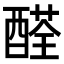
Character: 醛